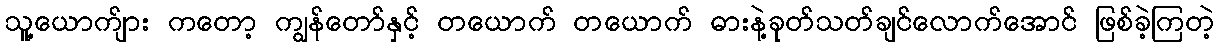
သူ့ယောက်ျား ကတော့ ကျွန်တော်နှင့် တယောက် တယောက် ဓားနဲ့ခုတ်သတ်ချင်လောက်အောင် ဖြစ်ခဲ့ကြတဲ့